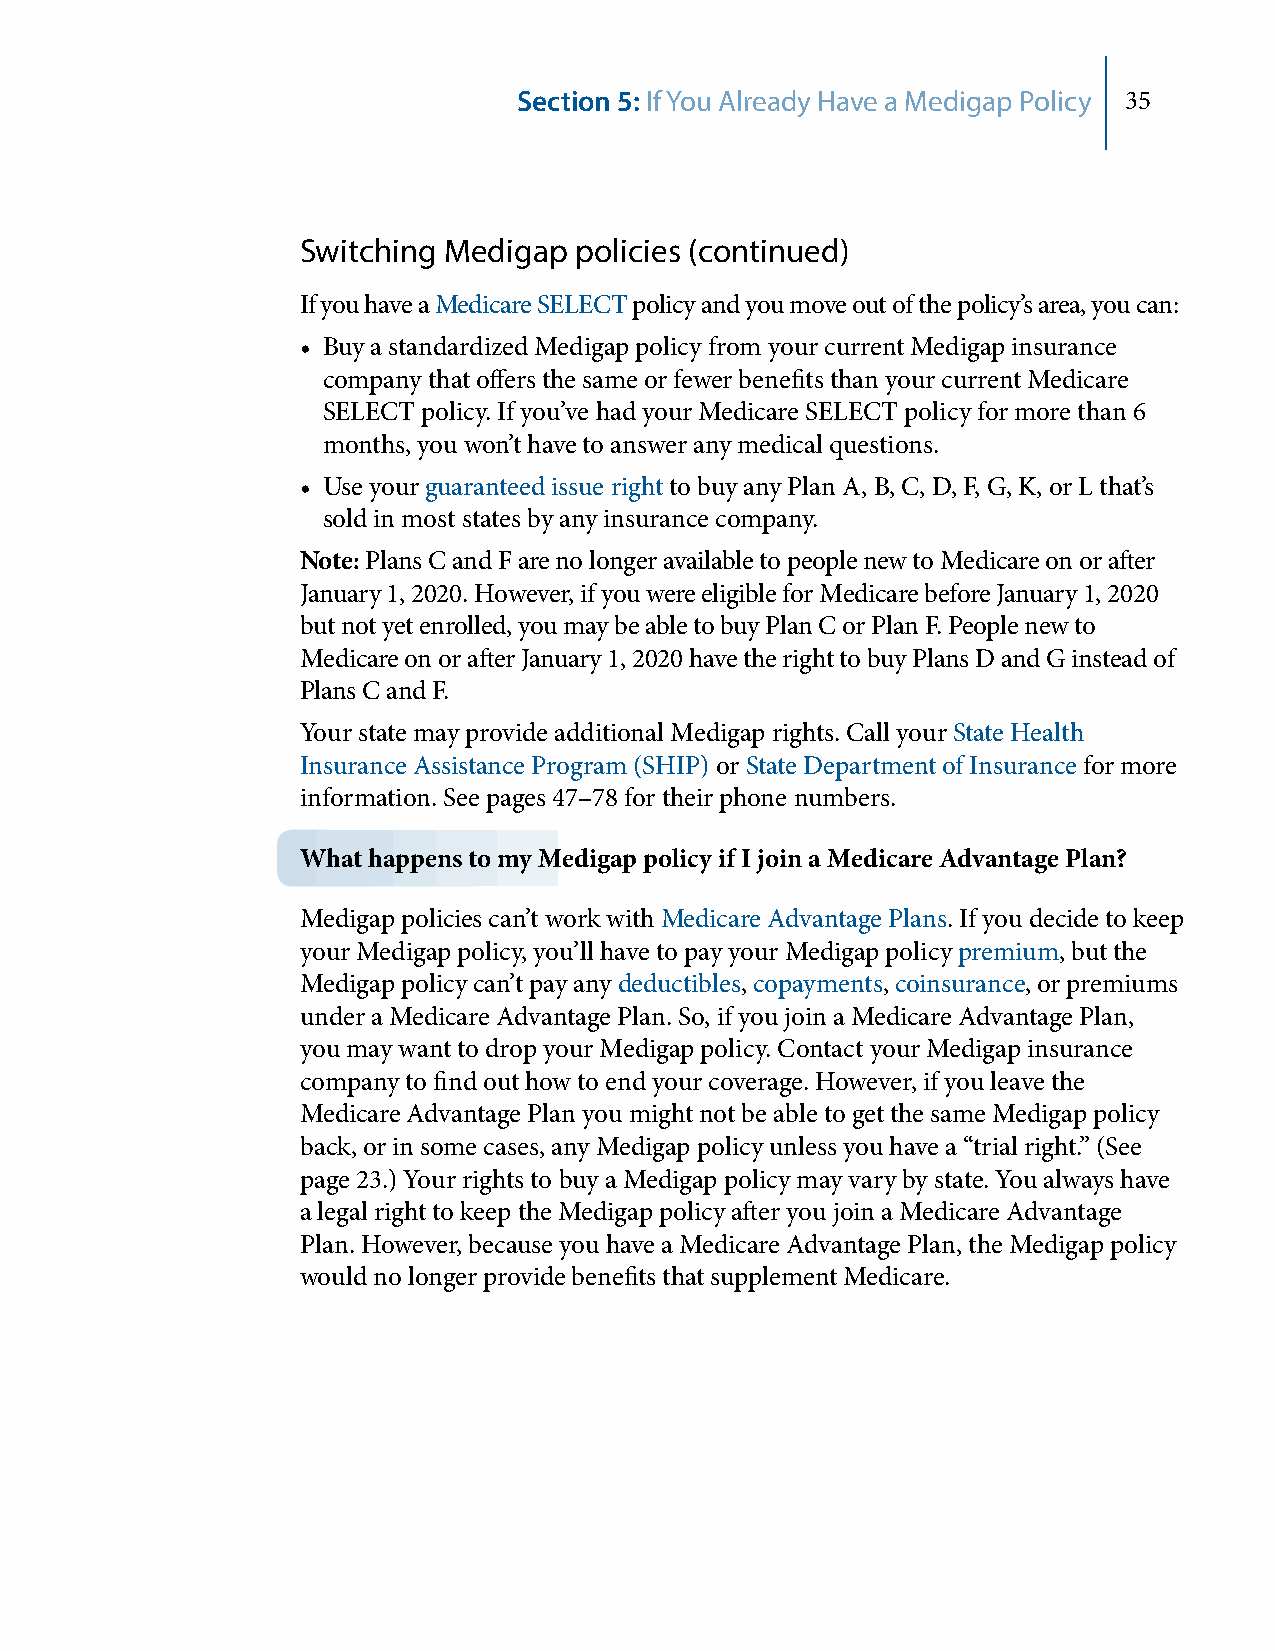
Section 5: If You Already Have a Medigap Policy 35
 Switching Medigap policies (continued)
 If you have a Medicare SELECT policy and you move out of the policy’s area, you can:
 • Buy a standardized Medigap policy from your current Medigap insurance
 company that offers the same or fewer benefits than your current Medicare
 SELECT policy. If you’ve had your Medicare SELECT policy for more than 6
 months, you won’t have to answer any medical questions.
 • Use your guaranteed issue right to buy any Plan A, B, C, D, F, G, K, or L that’s
 sold in most states by any insurance company.
 Note: Plans C and F are no longer available to people new to Medicare on or after
 January 1, 2020. However, if you were eligible for Medicare before January 1, 2020
 but not yet enrolled, you may be able to buy Plan C or Plan F. People new to
 Medicare on or after January 1, 2020 have the right to buy Plans D and G instead of
 Plans C and F.
 Your state may provide additional Medigap rights. Call your State Health
 Insurance Assistance Program (SHIP) or State Department of Insurance for more
 information. See pages 47–78 for their phone numbers.
 What happens to my Medigap policy if I join a Medicare Advantage Plan?
 Medigap policies can’t work with Medicare Advantage Plans. If you decide to keep
 your Medigap policy, you’ll have to pay your Medigap policy premium, but the
 Medigap policy can’t pay any deductibles, copayments, coinsurance, or premiums
 under a Medicare Advantage Plan. So, if you join a Medicare Advantage Plan,
 you may want to drop your Medigap policy. Contact your Medigap insurance
 company to find out how to end your coverage. However, if you leave the
 Medicare Advantage Plan you might not be able to get the same Medigap policy
 back, or in some cases, any Medigap policy unless you have a “trial right.” (See
 page 23.) Your rights to buy a Medigap policy may vary by state. You always have
 a legal right to keep the Medigap policy after you join a Medicare Advantage
 Plan. However, because you have a Medicare Advantage Plan, the Medigap policy
 would no longer provide benefits that supplement Medicare.